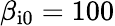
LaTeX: \beta_{\mathrm{i0}}=100